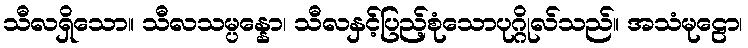
သီလရှိသော။ သီလသမ္ပန္နော၊ သီလနှင့်ပြည့်စုံသောပုဂ္ဂိုလ်သည်။ အသံမုဠော၊